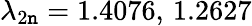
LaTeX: \lambda_{2\mathtt{n}}=1.4076,\, 1.2627